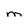
Character: m